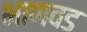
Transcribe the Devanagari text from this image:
भाणवड